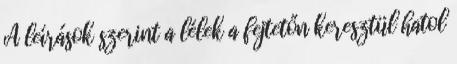
A leírások szerint a lélek a fejtetőn keresztül hatol